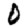
Digit: 0